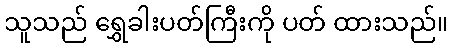
သူသည် ရွှေခါးပတ်ကြီးကို ပတ် ထားသည်။